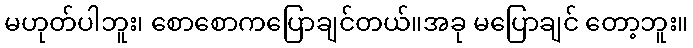
မဟုတ်ပါဘူး၊ စောစောကပြောချင်တယ်။အခု မပြောချင် တော့ဘူး။